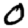
Digit: 0